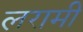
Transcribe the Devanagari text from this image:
लरामी